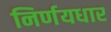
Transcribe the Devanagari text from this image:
निर्णयधार